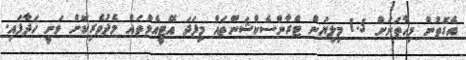
އެގޮތުން މިހާތަނަށް 1.5 މިލިޔަން ޓްރާންސެކްޝަންތައް މިފަދަ އޭޓީއެމްތައް މެދުވެރިކޮށް ވަނީ ހަދާފައި.